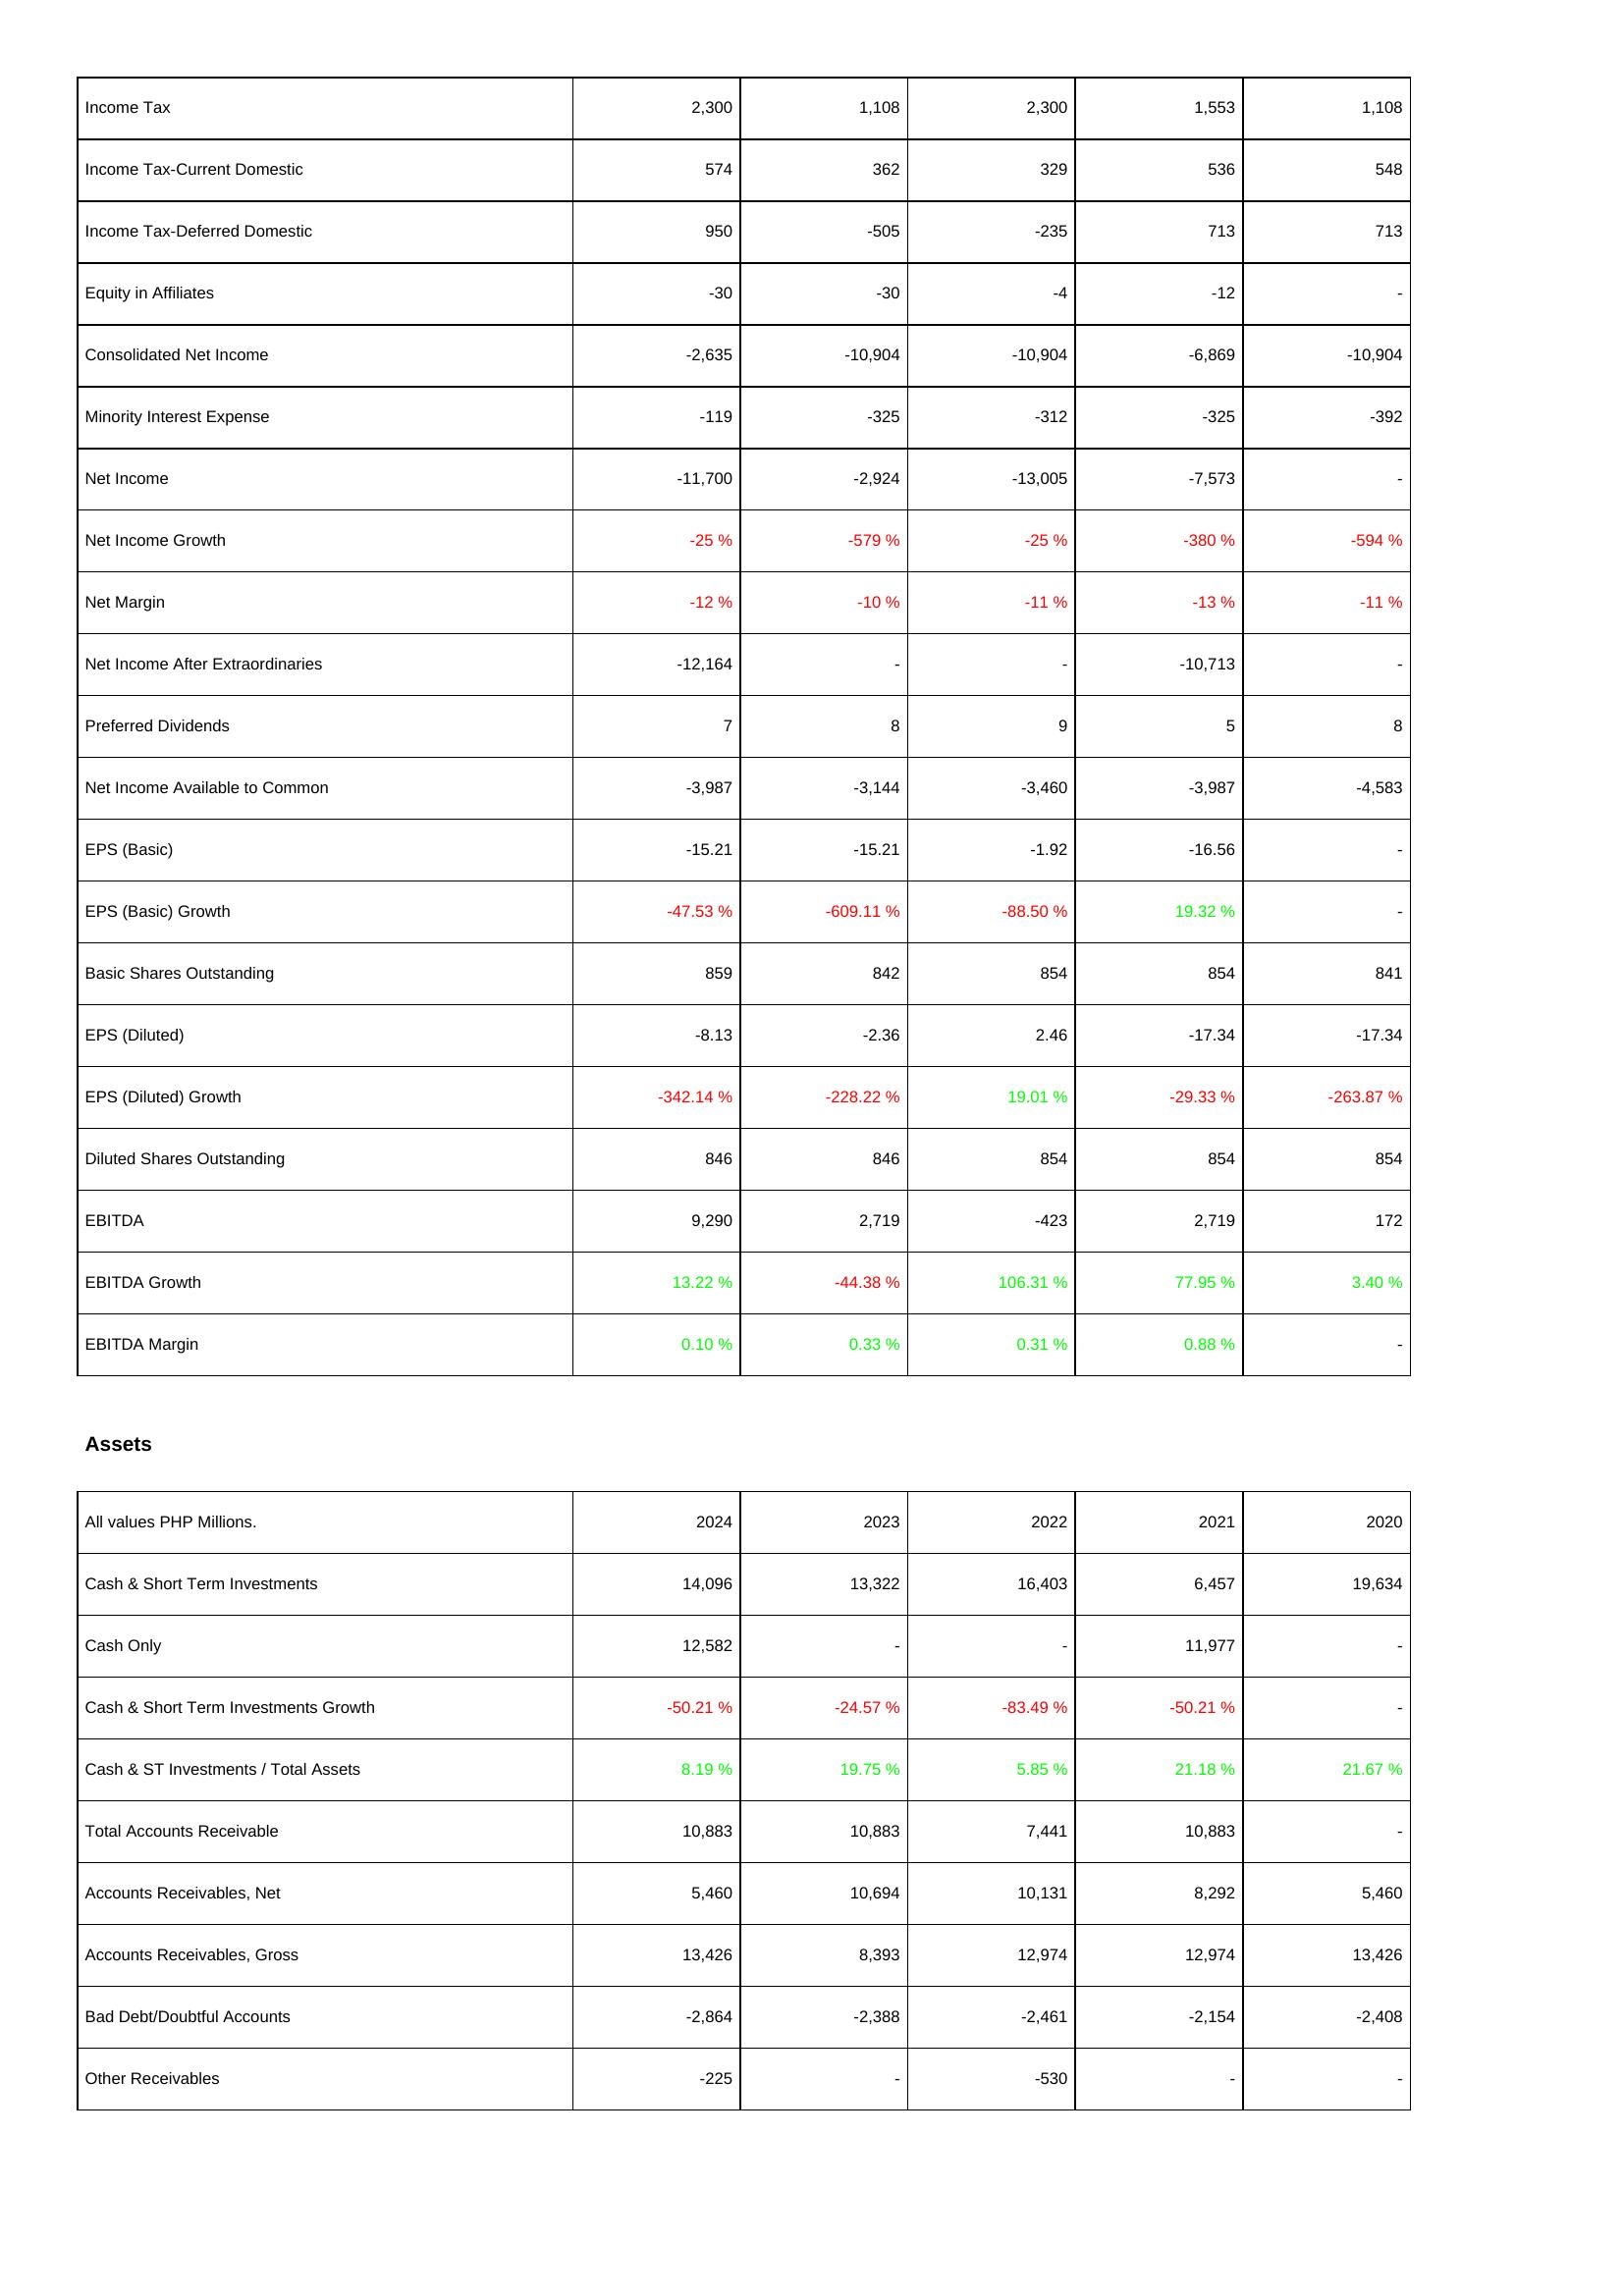
2024: Income Statement: Income Tax: 2,300
Income Tax-Current Domestic: 574
Income Tax-Deferred Domestic: 950
Equity in Affiliates: -30
Consolidated Net Income: -2,635
Minority Interest Expense: -119
Net Income: -11,700
Net Income Growth: -25 %
Net Margin: -12 %
Net Income After Extraordinaries: -12,164
Preferred Dividends: 7
Net Income Available to Common: -3,987
EPS (Basic): -15.21
EPS (Basic) Growth: -47.53 %
Basic Shares Outstanding: 859
EPS (Diluted): -8.13
EPS (Diluted) Growth: -342.14 %
Diluted Shares Outstanding: 846
EBITDA: 9,290
EBITDA Growth: 13.22 %
EBITDA Margin: 0.10 %
Assets: Cash & Short Term Investments: 14,096
Cash Only: 12,582
Cash & Short Term Investments Growth: -50.21 %
Cash & ST Investments / Total Assets: 8.19 %
Total Accounts Receivable: 10,883
Accounts Receivables, Net: 5,460
Accounts Receivables, Gross: 13,426
Bad Debt/Doubtful Accounts: -2,864
Other Receivables: -225
2023: Income Statement: Income Tax: 1,108
Income Tax-Current Domestic: 362
Income Tax-Deferred Domestic: -505
Equity in Affiliates: -30
Consolidated Net Income: -10,904
Minority Interest Expense: -325
Net Income: -2,924
Net Income Growth: -579 %
Net Margin: -10 %
Net Income After Extraordinaries: -
Preferred Dividends: 8
Net Income Available to Common: -3,144
EPS (Basic): -15.21
EPS (Basic) Growth: -609.11 %
Basic Shares Outstanding: 842
EPS (Diluted): -2.36
EPS (Diluted) Growth: -228.22 %
Diluted Shares Outstanding: 846
EBITDA: 2,719
EBITDA Growth: -44.38 %
EBITDA Margin: 0.33 %
Assets: Cash & Short Term Investments: 13,322
Cash Only: -
Cash & Short Term Investments Growth: -24.57 %
Cash & ST Investments / Total Assets: 19.75 %
Total Accounts Receivable: 10,883
Accounts Receivables, Net: 10,694
Accounts Receivables, Gross: 8,393
Bad Debt/Doubtful Accounts: -2,388
Other Receivables: -
2022: Income Statement: Income Tax: 2,300
Income Tax-Current Domestic: 329
Income Tax-Deferred Domestic: -235
Equity in Affiliates: -4
Consolidated Net Income: -10,904
Minority Interest Expense: -312
Net Income: -13,005
Net Income Growth: -25 %
Net Margin: -11 %
Net Income After Extraordinaries: -
Preferred Dividends: 9
Net Income Available to Common: -3,460
EPS (Basic): -1.92
EPS (Basic) Growth: -88.50 %
Basic Shares Outstanding: 854
EPS (Diluted): 2.46
EPS (Diluted) Growth: 19.01 %
Diluted Shares Outstanding: 854
EBITDA: -423
EBITDA Growth: 106.31 %
EBITDA Margin: 0.31 %
Assets: Cash & Short Term Investments: 16,403
Cash Only: -
Cash & Short Term Investments Growth: -83.49 %
Cash & ST Investments / Total Assets: 5.85 %
Total Accounts Receivable: 7,441
Accounts Receivables, Net: 10,131
Accounts Receivables, Gross: 12,974
Bad Debt/Doubtful Accounts: -2,461
Other Receivables: -530
2021: Income Statement: Income Tax: 1,553
Income Tax-Current Domestic: 536
Income Tax-Deferred Domestic: 713
Equity in Affiliates: -12
Consolidated Net Income: -6,869
Minority Interest Expense: -325
Net Income: -7,573
Net Income Growth: -380 %
Net Margin: -13 %
Net Income After Extraordinaries: -10,713
Preferred Dividends: 5
Net Income Available to Common: -3,987
EPS (Basic): -16.56
EPS (Basic) Growth: 19.32 %
Basic Shares Outstanding: 854
EPS (Diluted): -17.34
EPS (Diluted) Growth: -29.33 %
Diluted Shares Outstanding: 854
EBITDA: 2,719
EBITDA Growth: 77.95 %
EBITDA Margin: 0.88 %
Assets: Cash & Short Term Investments: 6,457
Cash Only: 11,977
Cash & Short Term Investments Growth: -50.21 %
Cash & ST Investments / Total Assets: 21.18 %
Total Accounts Receivable: 10,883
Accounts Receivables, Net: 8,292
Accounts Receivables, Gross: 12,974
Bad Debt/Doubtful Accounts: -2,154
Other Receivables: -
2020: Income Statement: Income Tax: 1,108
Income Tax-Current Domestic: 548
Income Tax-Deferred Domestic: 713
Equity in Affiliates: -
Consolidated Net Income: -10,904
Minority Interest Expense: -392
Net Income: -
Net Income Growth: -594 %
Net Margin: -11 %
Net Income After Extraordinaries: -
Preferred Dividends: 8
Net Income Available to Common: -4,583
EPS (Basic): -
EPS (Basic) Growth: -
Basic Shares Outstanding: 841
EPS (Diluted): -17.34
EPS (Diluted) Growth: -263.87 %
Diluted Shares Outstanding: 854
EBITDA: 172
EBITDA Growth: 3.40 %
EBITDA Margin: -
Assets: Cash & Short Term Investments: 19,634
Cash Only: -
Cash & Short Term Investments Growth: -
Cash & ST Investments / Total Assets: 21.67 %
Total Accounts Receivable: -
Accounts Receivables, Net: 5,460
Accounts Receivables, Gross: 13,426
Bad Debt/Doubtful Accounts: -2,408
Other Receivables: -